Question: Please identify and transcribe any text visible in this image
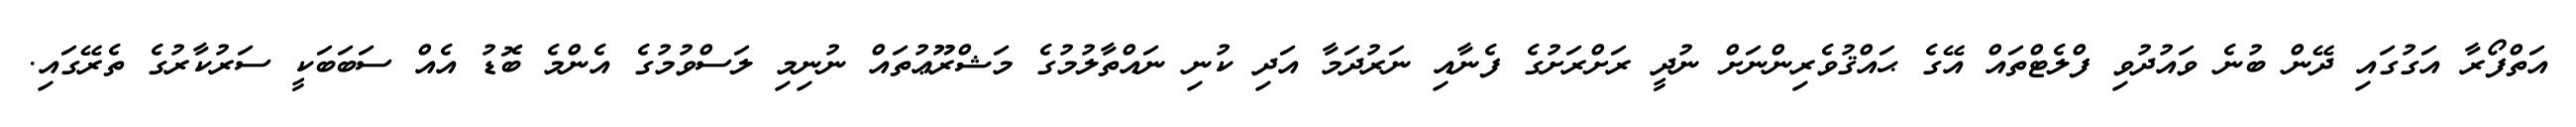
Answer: އަތްފޯރާ އަގުގައި ދޭން ބުނެ ވައުދުވި ފްލެޓްތައް އޭގެ ޙައްޤުވެރިންނަށް ނުދީ ރަށްރަށުގެ ފެނާއި ނަރުދަމާ އަދި ކުނި ނައްތާލުމުގެ މަޝްރޫޢުތައް ނުނިމި ލަސްވުމުގެ އެންމެ ބޮޑު އެއް ސަބަބަކީ ސަރުކާރުގެ ތެރޭގައި.